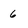
Character: 6